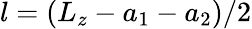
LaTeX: l=(L_{z}-a_{1}-a_{2})/2